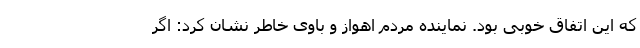
که این اتفاق خوبی بود. نماینده مردم اهواز و باوی خاطر نشان کرد: اگر